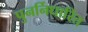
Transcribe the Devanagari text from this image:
पुनर्निधारित